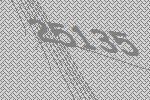
25135